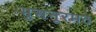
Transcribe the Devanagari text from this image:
भुसनूरमठ